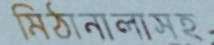
মিঠানালাসহ